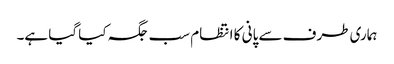
ہماری طرف سے پانی کا انتظام سب جگہ کیا گیا ہے۔